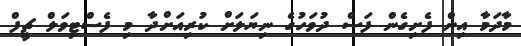
މާދަމާ އިން ފެށިގެން ފަސް ދުވަހުގެ ނިޔަލަށް ކުރިއަށްދާ މި ފެސްޓިވަލް ޗީފް